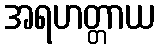
အရဟတ္တာယ